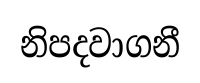
නිපදවාගනී